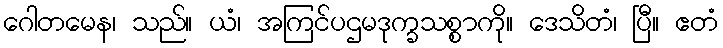
ဂေါတမေန၊ သည်။ ယံ၊ အကြင်ပဌမဒုက္ခသစ္စာကို။ ဒေသိတံ၊ ပြီ။ ဧတံ